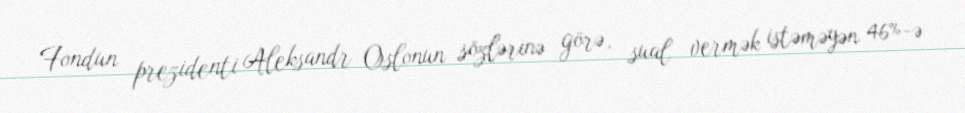
Fondun prezidenti Aleksandr Oslonun sözlərinə görə, sual vermək istəməyən 46%-ə